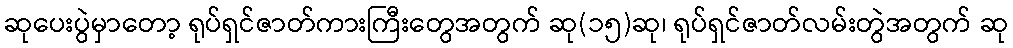
ဆုပေးပွဲမှာတော့ ရုပ်ရှင်ဇာတ်ကားကြီးတွေအတွက် ဆု(၁၅)ဆု၊ ရုပ်ရှင်ဇာတ်လမ်းတွဲအတွက် ဆု